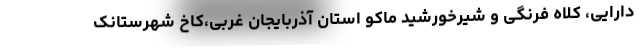
دارایی، کلاه فرنگی و شیرخورشید ماکو استان آذربایجان غربی،کاخ شهرستانک